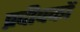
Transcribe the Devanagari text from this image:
प्रदीपकों